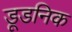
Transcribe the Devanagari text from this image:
डूडनिक